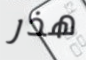
هذر